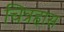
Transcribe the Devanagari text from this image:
चित्रहास